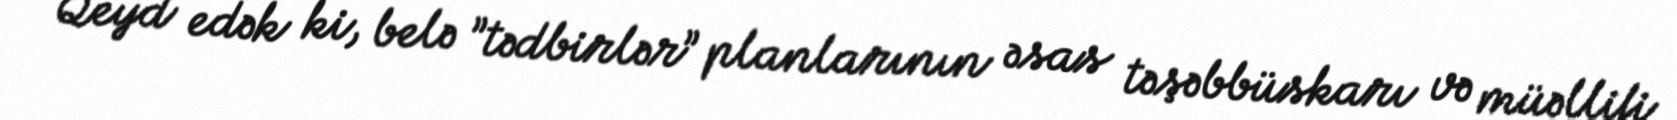
Qeyd edək ki, belə ”tədbirlər” planlarının əsas təşəbbüskarı və müəllifi